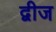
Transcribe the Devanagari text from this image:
द्वीज